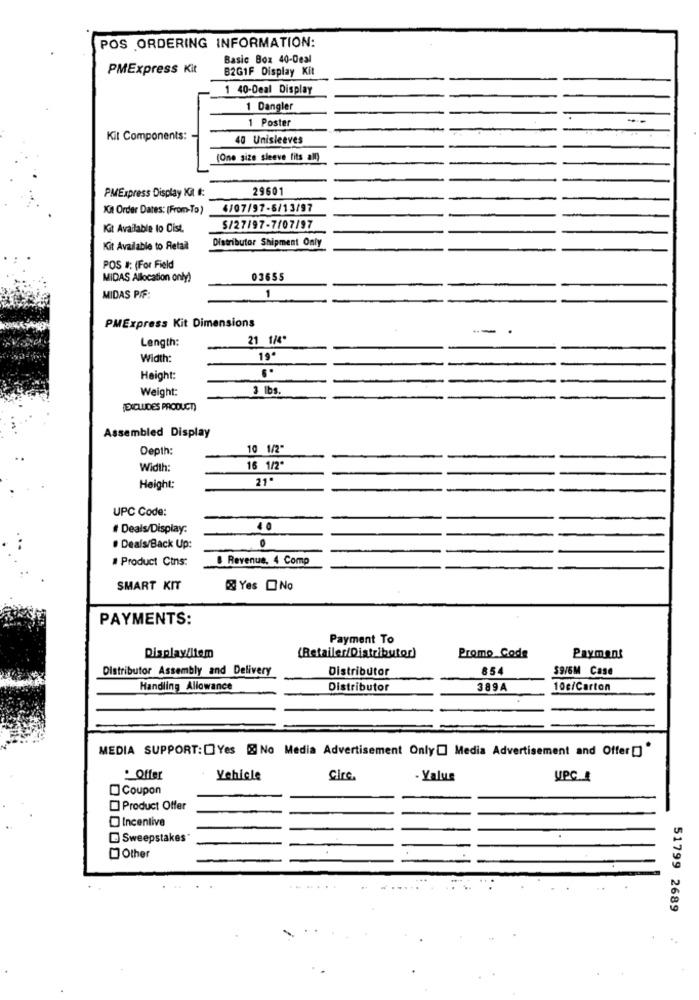
POS ORDERING INFORMATION:
Basic Box 40-Deal
PMExpress Kit
B2GIF Display Kit
1 40-Deal Display
1 Dangler
1 Poster
Kit Components:
40 Unisleeves
(One size sleeve fits all)
29601
PMExpress Display Kat I:
Kit Order Dates: [From-To)
4/07/97-6/13/97
Kit Available to Cist.
$/27/97-7/07/97
Distributor Shipment Only
Kit Available to Retall
POS #: (For Field
MIDAS Allocation only)
03655
MIDAS PIF:
1
PMExpress Kit Dimensions
--.
Length:
21 1/4*
Width:
19.
Height:
Weight:
3 lbs.
EXCLUIDES PRODUCT)
Assembled Display
Depth:
10 1/2"
Width:
16 1/2"
21"
Height:
UPC Code:
Deals/Display:
40
0
· Deals/Back Up:
# Product Ctns:
& Revenue, 4 Comp
SMART KIT
Yes ONo
PAYMENTS:
Payment To
Display/item
(Retailer/Distributor)
Promo Code
Paymans
Distributor Assembly and Delivery
Distributor
854
$9/6M Case
Handling Allowance
Distributor
389A
10c/Carton
MEDIA SUPPORT:[] Yes @ No Media Advertisement Only[] Media Advertisement and Offer "
. Offer
Vehicle
Cire.
- Yalus
UPC
Coupon
Product Offer
Incentive
Sweepstakes
Other
51799 2689